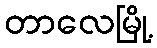
တာလေမြို့